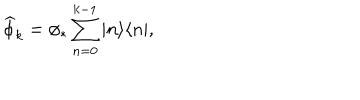
\widehat { \phi } _ { k } = \phi _ { * } \sum _ { n = 0 } ^ { k - 1 } | n \rangle \langle n | ,